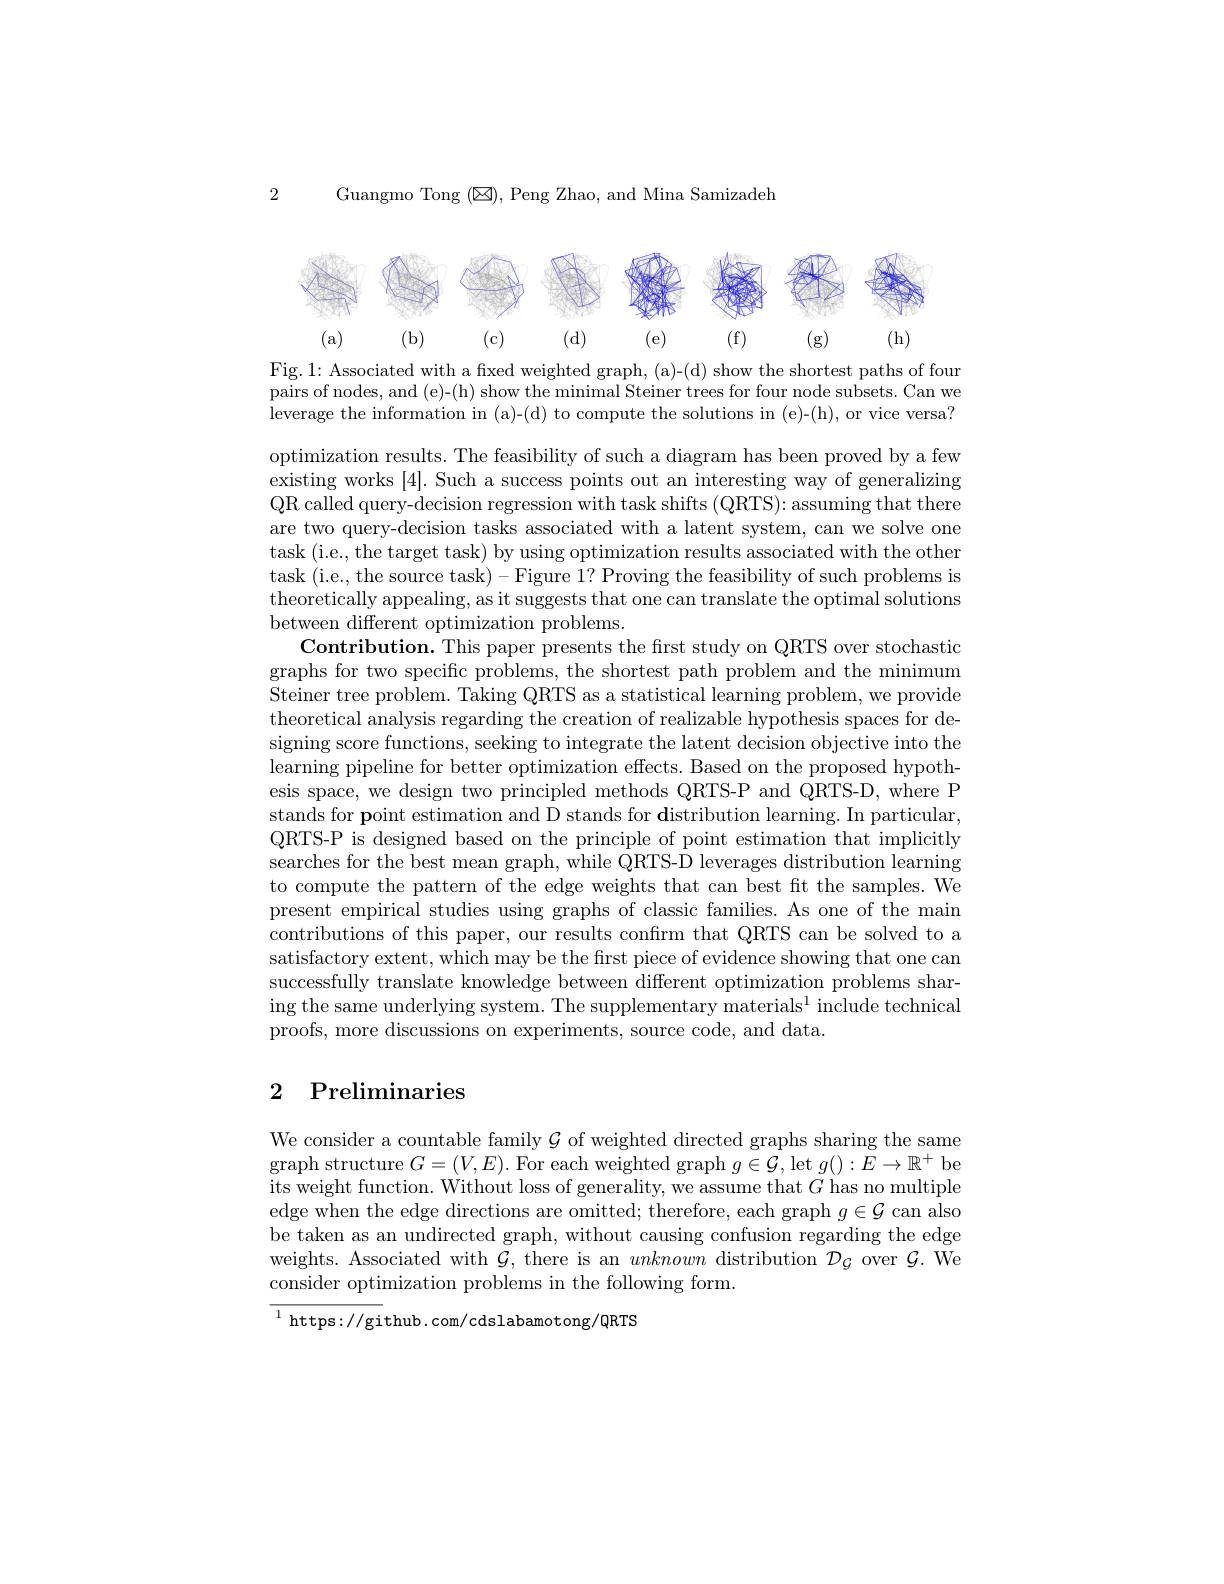
2 Guangmo Tong $(\boxtimes)$,Peng Zhao, and Mina Samizadeh

<FigureHere>
Fig.1: Associated with a fixed weighted graph, (a)-(d) show the shortest paths of four

pairs of nodes, and (e)-(h) show the minimal Steiner trees for four node subsets. Can we leverage the information in (a)-(d) to compute the solutions in (e)-(h), or vice versa?

optimization results. The feasibility of such a diagram has been proved by a few existing works [4]. Such a success points out an interesting way of generalizing QR called query-decision regression with task shifts (QRTS): assuming that there are two query-decision tasks associated with a latent system, can we solve one task (i.e., the target task) by using optimization results associated with the other task (i.e., the source task)-Figure 1? Proving the feasibility of such problems is theoretically appealing, as it suggests that one can translate the optimal solutions between different optimization problems
Contribution. This paper presents the first study on QRTS over stochastic graphs for two specific problems, the shortest path problem and the minimum Steiner tree problem. Taking QRTS as a statistical learning problem, we provide theoretical analysis regarding the creation of realizable hypothesis spaces for designing score functions, seeking to integrate the latent decision objective into the learning pipeline for better optimization effects. Based on the proposed hypothesis space, we design two principled methods QRTS-P and QRTS-D, where P stands for point estimation and D stands for distribution learning. In particular, QRTS-P is designed based on the principle of point estimation that implicitly searches for the best mean graph, while QRTS-D leverages distribution learning to compute the pattern of the edge weights that can best fit the samples. We present empirical studies using graphs of classic families. As one of the main contributions of this paper, our results confırm that QRTS can be solved to a satisfactory extent, which may be the first piece of evidence showing that one can successfully translate knowledge between different optimization problems sharing the same underlying system. The supplementary materials$^{1}$ include technical proofs, more discussions on experiments, source code, and data.

# 2 Preliminaries

We consider a countable family $\mathcal{G}$ of weighted directed graphs sharing the same graph structure $G=(V,E).$ For each weighted graph $g\in\mathcal{G}$,let $g():E\to\mathbb{R}^+$ be its weight function. Without loss of generality, we assume that $G$ has no multiple edge when the edge directions are omitted; therefore, each graph $g\in\mathcal{G}$ can also be taken as an undirected graph, without causing confusion regarding the edge weights. Associated with $\mathcal{G}$, there is an unknown distribution $\mathcal{D}_{\mathcal{G}}$ over $\mathcal{G}.$ We consider optimization problems in the following form.

${^{1}\mathrm{~https://gi}}$thub.com/cdslabamotong/QRTS